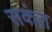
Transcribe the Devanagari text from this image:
सकंत